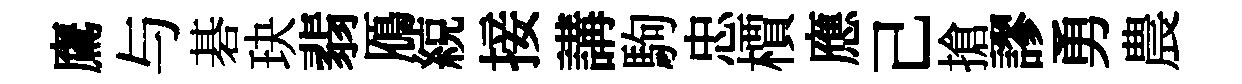
鷹与碁玦翡鴈綂接講駒忠檟應己搶謬勇農